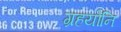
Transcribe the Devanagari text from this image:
ग्रहयोनि